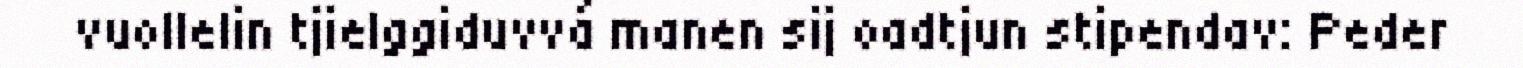
vuollelin tjielggiduvvá manen sij oadtjun stipendav: Peder